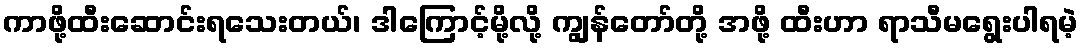
ကာဖို့ထီးဆောင်းရသေးတယ်၊ ဒါကြောင့်မို့လို့ ကျွန်တော်တို့ အဖို့ ထီးဟာ ရာသီမရွေးပါရမဲ့